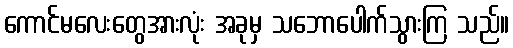
ကောင်မလေးတွေအားလုံး အခုမှ သဘောပေါက်သွားကြ သည်။